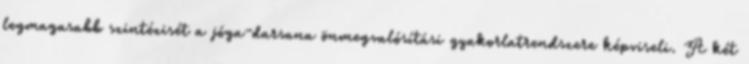
legmagasabb szintézisét a jóga-darsana önmegvalósítási gyakorlatrendszere képviseli. A két